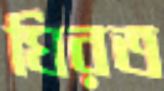
ঘিরত